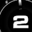
Digit: 2